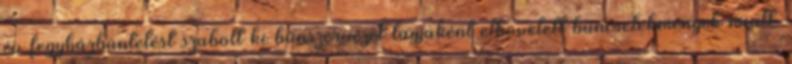
év fegyházbüntetést szabott ki bűnszervezet tagjaként elkövetett bűncselekmények miatt.